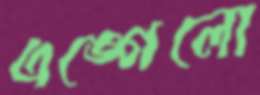
এঙ্গেলো